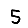
Digit: 5